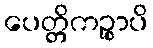
ပေတ္တိကဉ္စာပိ